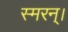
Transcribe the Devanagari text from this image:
स्मरन्‌।